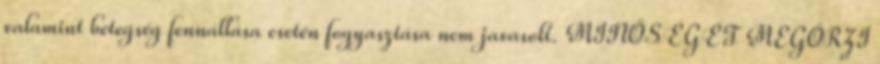
valamint betegség fennállása esetén fogyasztása nem javasolt. MINŐSÉGÉT MEGŐRZI